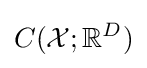
C({\mathcal {X}};\mathbb {R} ^{D})